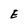
Character: E